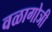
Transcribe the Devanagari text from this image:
वळागोञी